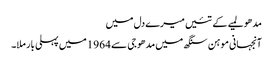
مدھو لمیے کے تئیں میرے دل میں
آنجہانی موہن سنگھ میں مدھو جی سے 1964 میں پہلی بار ملا۔